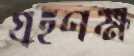
গ্রহণক্ষ